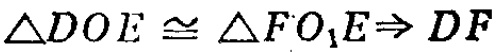
$\triangle DOE\cong\triangle FO_{1}E\Rightarrow DF$